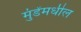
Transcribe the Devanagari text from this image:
मुंडेंमधील